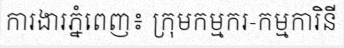
ការងារភ្នំពេញ៖ ក្រុមកម្មករ-កម្មការិនី